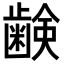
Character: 𮯈